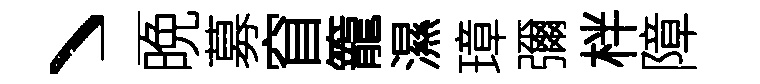
丶二晩募窅籠濕璋彌柈障